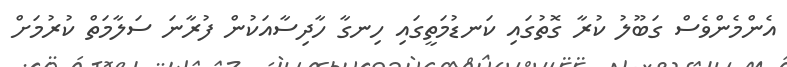
އެންމެންވެސް ގަބޫލު ކުރާ ގޮތުގައި ކަނޑުމަތީގައި ހިނގާ ހާދިސާއަކުން ފުރާނަ ސަލާމަތް ކުރުމަށް